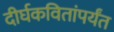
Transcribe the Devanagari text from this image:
दीर्घकवितांपर्यंत